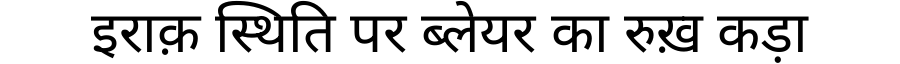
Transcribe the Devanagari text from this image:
इराक़ स्थिति पर ब्लेयर का रुख़ कड़ा